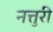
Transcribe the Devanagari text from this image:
नत्तुरी